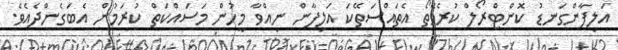
އަލިފާންގަނޑު ކޮންޓްރޯލް ކުރެވޭތޯ އެތައްސަތޭކަ އަލިފާން ނިއްވާ މީހުން މަސައްކަތް ކުރަމުން އެބަގެންދެއެވެ.